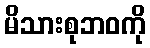
မိသားစုဘဝကို